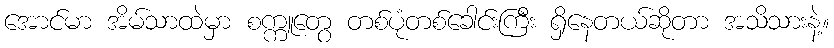
အောင်မာ အိမ်သာထဲမှာ စက္ကူတွေ တစ်ပုံတစ်ခေါင်းကြီး ရှိနေတယ်ဆိုတာ အသိသားနဲ့။